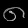
Digit: ၈